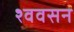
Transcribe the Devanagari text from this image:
श्ववसन